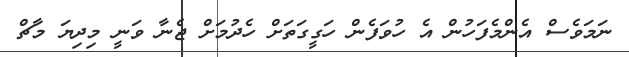
ނަމަވެސް އެންމެފަހުން އެ ހުވަފެން ހަގީގަތަށް ހެދުމަށް ޖެނާ ވަނީ މިދިޔަ މާޗް